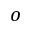
o